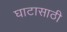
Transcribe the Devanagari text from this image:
घाटासाठी